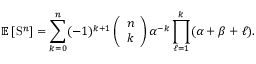
\mathbb { E } \left[ \mathrm { S } ^ { n } \right] = \sum _ { k = 0 } ^ { n } ( - 1 ) ^ { k + 1 } \left( \begin{array} { l } { n } \\ { k } \end{array} \right) \alpha ^ { - k } \prod _ { \ell = 1 } ^ { k } ( \alpha + \beta + \ell ) .